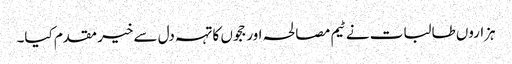
ہزاروں طالبات نے ٹیم مصالحہ اور ججوں کا تہہ دل سے خیر مقدم کیا۔